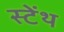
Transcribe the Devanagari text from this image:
स्‍टेंथ